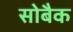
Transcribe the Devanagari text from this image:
सोबैक